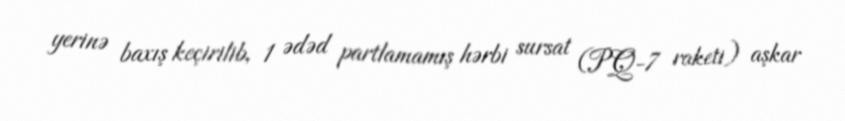
yerinə baxış keçirilib, 1 ədəd partlamamış hərbi sursat (PQ-7 raketi) aşkar